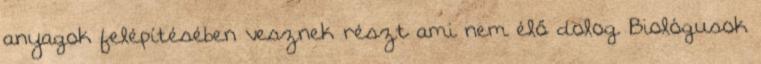
anyagok felépítésében vesznek részt ami nem élő dolog. Biológusok